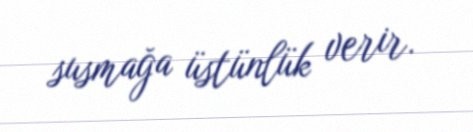
susmağa üstünlük verir.